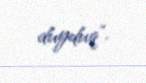
duyduq”.